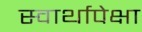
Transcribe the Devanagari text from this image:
स्वार्थापेक्षा